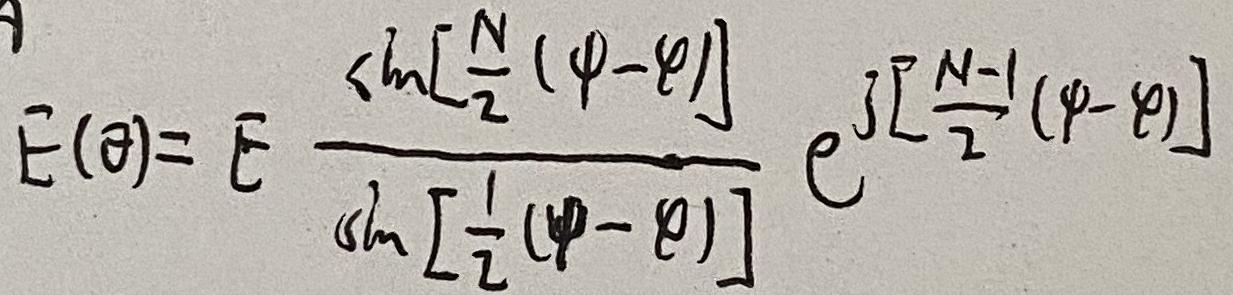
$E(\theta)=\bar{E} \frac{\sin \left[\frac{N}{2}(\varphi-\theta)\right]}{\sin \left[\frac{1}{2}(\varphi-\theta)\right]} e^{j\left[\frac{N - 1}{2}(\varphi-\theta)\right]}$